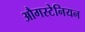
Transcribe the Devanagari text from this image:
औगस्टेनियन